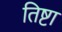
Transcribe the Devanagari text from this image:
तिष्टा